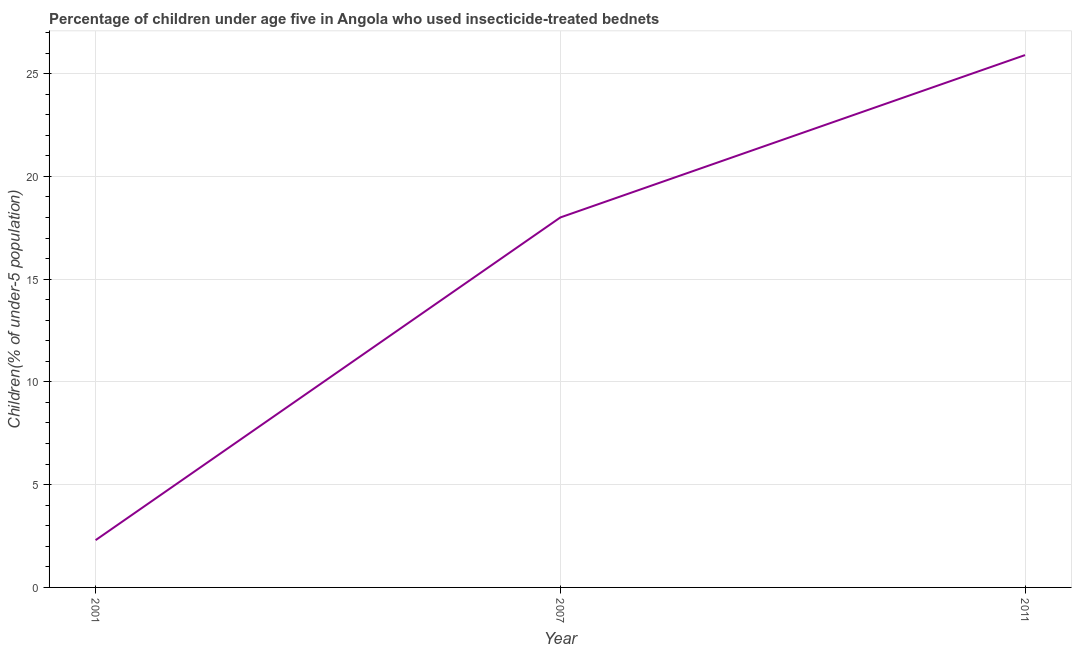
| Year | Use of insecticide-treated bed nets (% of under-5 population) |
 | --- | --- |
 | 2001 | 2.3 |
 | 2007 | 18 |
 | 2011 | 25.9 |